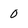
Character: 0